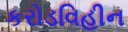
કરોડવિહીન